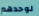
لوحدهم